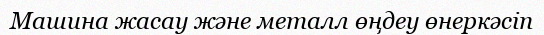
Машина жасау және металл өңдеу өнеркәсіп